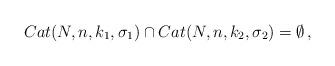
LaTeX: \begin{align*}Cat(N,n,k_1,\sigma_1)\cap Cat(N,n,k_2,\sigma_2)=\emptyset\,,\end{align*}